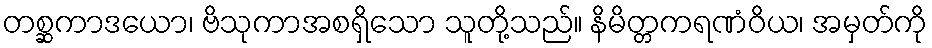
တစ္ဆကာဒယော၊ ဗိသုကာအစရှိသော သူတို့သည်။ နိမိတ္တကရဏံဝိယ၊ အမှတ်ကို